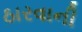
ઠારવાની